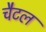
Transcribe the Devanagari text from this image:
चैटल